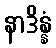
နာဒိန္နံ